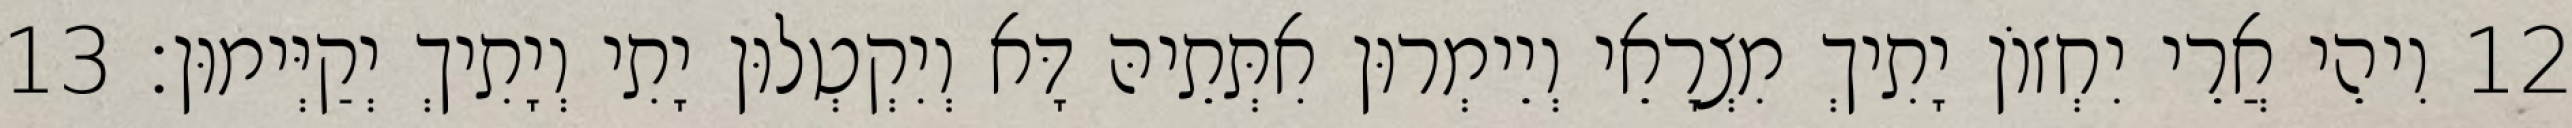
12 וִיהֵי אֲרֵי יִחְזוֹן יָתִיךְ מִצְרָאֵי וְיֵימְרוּן אִתְּתֵיהּ דָּא וְיִקְטְלוּן יָתִי וְיָתִיךְ יְקַיְּימוּן׃ 13